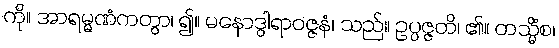
ကို။ အာရမ္မဏံကတွာ၊ ၍။ မနောဒွါရာဝဇ္ဇနံ၊ သည်။ ဥပ္ပဇ္ဇတိ၊ ၏။ တသ္မိံစ၊